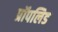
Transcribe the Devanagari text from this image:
प्रॉपलिड